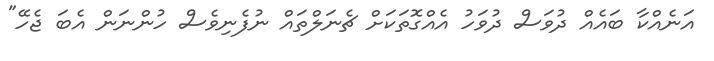
އަނެއްކާ ބައެއް ދުވަސް ދުވަހު އެއްގޮތަކަށް ޗެނަލްތައް ނުފެނިވެސް ހުންނަން އެބަ ޖެހޭ"